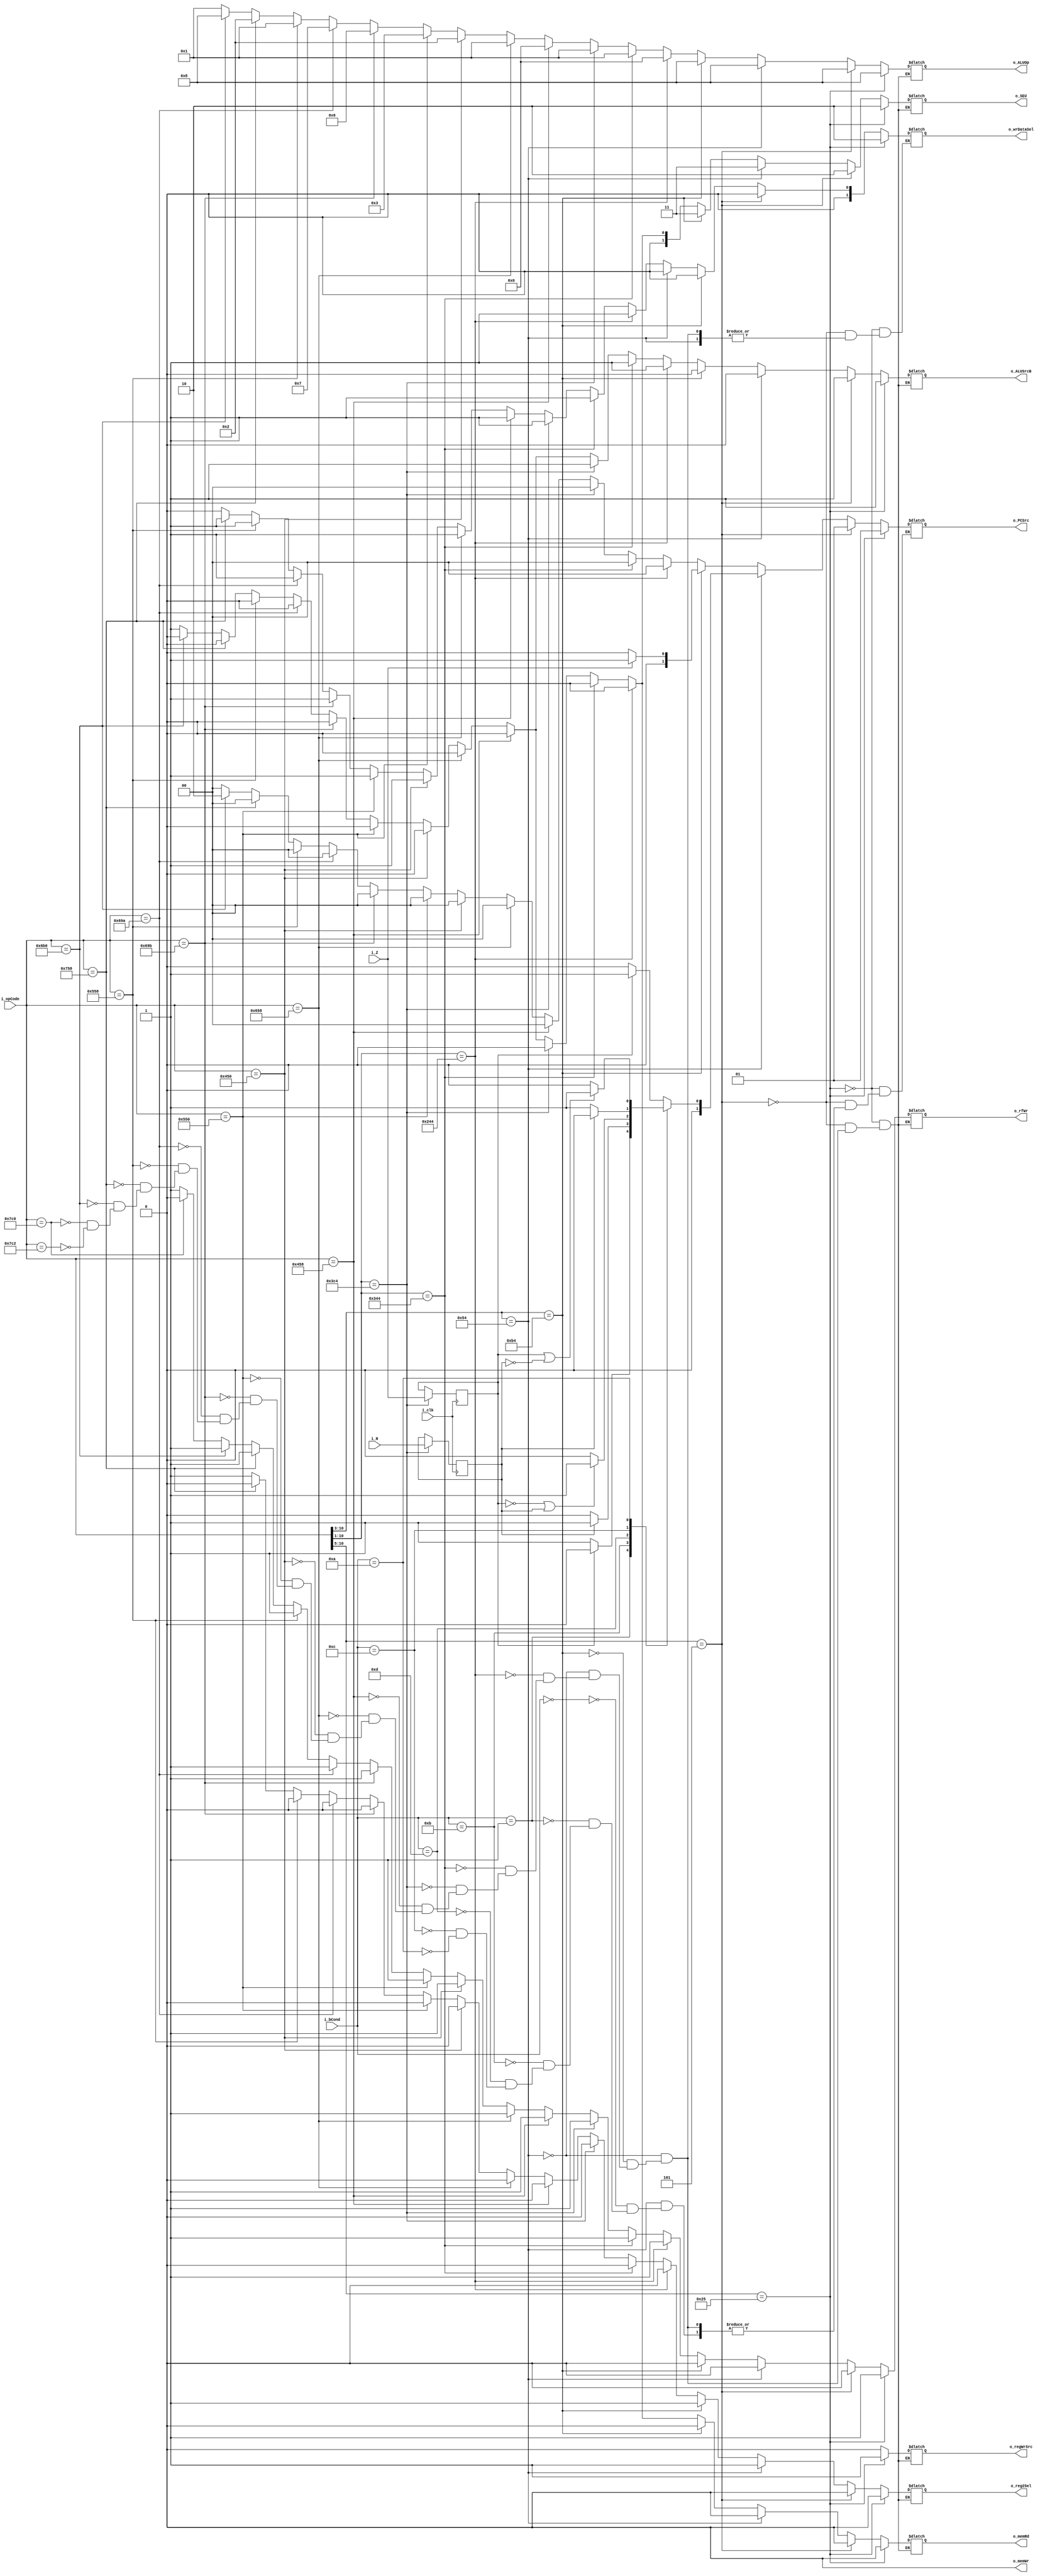
`timescale 1ns / 1ps
//////////////////////////////////////////////////////////////////////////////////
// Company: 
// Engineer: 
// 
// Design Name: 
// Module Name:    Control_Unit 
// Project Name: 
// Target Devices: 
// Tool versions: 
// Description: 
//
// Dependencies: 
//
// Revision: 
// Revision 0.01 - File Created
// Additional Comments: 
//
//////////////////////////////////////////////////////////////////////////////////
module Control_Unit(
    input i_clk,
    input [10:0] i_opCode,
    input [3:0] i_bCond,
    input        i_Z, // Bandera ZERO (ALU B == 0)
    input        i_N, // Bandera NEGATIVO 
    output reg       o_reg2Sel = 0, // Segundo operando RM/RT(MUX RF)
    output reg       o_regWrSrc = 0,
    output reg       o_rfWr = 0, //Escritura RF (FLAG RF)
    output reg [1:0] o_SEU = 0, // Extension de signo (FLAG SEU)
    output reg       o_ALUSrcB = 0, // Segundo operando o_reg2/Inmed (MUX ALU)
    output reg [3:0] o_ALUOp = 0, // Operacion ALU (FLAG ALU)
    output reg       o_memWr = 0, //Habilitador escritura memo (FLAG DM)
    output reg       o_memRd = 0, //Habilitador lectura  memo (FLAG DM)
    output reg [1:0] o_PCSrc = 0, //Selector de #instruccion (MUX PC)
    output reg [1:0] o_wrDataSel = 0
    );
    reg r_Z = 0;
    reg r_N= 0;

    always @(posedge i_clk) begin
        if(i_opCode[10:1] == 10'b1111000100)begin
            r_Z <= i_Z;
            r_N <= i_N;
        end     
    end

    always @(*) begin
            // TIPO B
            if(i_opCode[10:5] == 6'b100101) begin // BL
                o_reg2Sel <= 0;
                o_regWrSrc <= 1;
                o_rfWr    <= 1;
                o_SEU     <= 2;
                o_ALUSrcB <= 1;
                o_ALUOp   <= 8;
                o_memRd   <= 0;
                o_memWr   <= 0;
                o_PCSrc   <= 1;
                o_wrDataSel <= 2;
            end
            else if(i_opCode[10:5] == 6'b000101) begin // B
                o_reg2Sel <= 0;
                o_regWrSrc <= 0;
                o_rfWr    <= 0;
                o_SEU     <= 2;
                o_ALUSrcB <= 1;
                o_ALUOp   <= 8;
                o_memRd   <= 0;
                o_memWr   <= 0;
                o_PCSrc   <= 1;
                o_wrDataSel <= 0;
            end
            // TIPO CB
            else if(i_opCode[10:3] == 8'b01010100) begin // B.COND (REVISAR)
                o_reg2Sel <= 1;
                o_regWrSrc <= 0;
                o_rfWr    <= 0;
                o_SEU     <= 3;
                o_ALUSrcB <= 0;
                o_ALUOp   <= 8;
                o_memRd   <= 0;
                o_memWr   <= 0;
                case (i_bCond)
                    4'b0000: o_PCSrc <= (r_Z)?1:0; // EQ
                    4'b0001: o_PCSrc <= (!r_Z)?1:0; // NE
                    4'b1011: o_PCSrc <= (r_N)?1:0; // LT
                    4'b1101: o_PCSrc <= (!r_Z | r_N)?1:0; // LE
                    4'b1100: o_PCSrc <= (!r_N)?1:0; // GT
                    4'b1010: o_PCSrc <= (r_Z | !r_N)?1:0; // GE
                endcase
            end
            else if(i_opCode[10:3] == 8'b10110100) begin // CBZ
                o_reg2Sel <= 1;
                o_regWrSrc <= 0;
                o_rfWr    <= 0;
                o_SEU     <= 3;
                o_ALUSrcB <= 0;
                o_ALUOp   <= 8;
                o_memRd   <= 0;
                o_memWr   <= 0;
                o_PCSrc   <= (i_Z)?1:0;
                o_wrDataSel <= 0;
            end
            else if(i_opCode[10:3] == 8'b01010100) begin // CBNZ
                o_reg2Sel <= 1;
                o_regWrSrc <= 0;
                o_rfWr    <= 0;
                o_SEU     <= 3;
                o_ALUSrcB <= 0;
                o_ALUOp   <= 8;
                o_memRd   <= 0;
                o_memWr   <= 0;
                o_PCSrc   <= (!i_Z)?1:0;
                o_wrDataSel <= 0;
            end
            
            // TIPO I 
            else if(i_opCode[10:1] == 10'b1001000100) begin // ADDI
                o_reg2Sel <= 0;
                o_regWrSrc <= 0;
                o_rfWr    <= 1;
                o_SEU     <= 0;
                o_ALUSrcB <= 1;
                o_ALUOp   <= 0;
                o_memRd   <= 0;
                o_memWr   <= 0;
                o_PCSrc   <= 0;
                o_wrDataSel <= 1;
            end
            else if(i_opCode[10:1] == 10'b1101000100) begin // SUBBI
                o_reg2Sel <= 0;
                o_regWrSrc <= 0;
                o_rfWr    <= 1;
                o_SEU     <= 0;
                o_ALUSrcB <= 1;
                o_ALUOp   <= 1;
                o_memRd   <= 0;
                o_memWr   <= 0;
                o_PCSrc   <= 0;
                o_wrDataSel <= 1;
            end
            else if(i_opCode[10:1] == 10'b1111000100) begin // SUBBIS
                o_reg2Sel <= 0;
                o_regWrSrc <= 0;
                o_rfWr    <= 1;
                o_SEU     <= 0;
                o_ALUSrcB <= 1;
                o_ALUOp   <= 1;
                o_memRd   <= 0;
                o_memWr   <= 0;
                o_PCSrc   <= 0;
                o_wrDataSel <= 1;
            end
            // TIPO R
            else if(i_opCode == 11'b10001011000) begin //ADD
                o_reg2Sel <= 0;
                o_regWrSrc <= 0;
                o_rfWr    <= 1;
                o_SEU     <= 0;
                o_ALUSrcB <= 0;
                o_ALUOp   <= 0;
                o_memRd   <= 0;
                o_memWr   <= 0;
                o_PCSrc   <= 0;
                o_wrDataSel <= 1;
            end
            else if(i_opCode == 11'b11001011000) begin // SUB
                o_reg2Sel <= 0;
                o_regWrSrc <= 0;
                o_rfWr    <= 1;
                o_SEU     <= 0;
                o_ALUSrcB <= 0;
                o_ALUOp   <= 1;
                o_memRd   <= 0;
                o_memWr   <= 0;
                o_PCSrc   <= 0;
                o_wrDataSel <= 1;
            end
            else if(i_opCode == 11'b10001010000) begin // AND
                o_reg2Sel <= 0;
                o_regWrSrc <= 0;
                o_rfWr    <= 1;
                o_SEU     <= 0;
                o_ALUSrcB <= 0;
                o_ALUOp   <= 2;
                o_memRd   <= 0;
                o_memWr   <= 0;
                o_PCSrc   <= 0;
                o_wrDataSel <= 1;
            end
            else if(i_opCode == 11'b10101010000) begin // ORR
                o_reg2Sel <= 0;
                o_regWrSrc <= 0;
                o_rfWr    <= 1;
                o_SEU     <= 0;
                o_ALUSrcB <= 0;
                o_ALUOp   <= 3;
                o_memRd   <= 0;
                o_memWr   <= 0;
                o_PCSrc   <= 0;
                o_wrDataSel <= 1;
            end
            else if(i_opCode == 11'b11010011011) begin // LSL
                
                o_reg2Sel <= 0;
                o_regWrSrc <= 0;
                o_rfWr    <= 1;
                o_SEU     <= 0;
                o_ALUSrcB <= 0;
                o_ALUOp   <= 6;
                o_memRd   <= 0;
                o_memWr   <= 0;
                o_PCSrc   <= 0;
                o_wrDataSel <= 1;
            end
            else if(i_opCode == 11'b11010011010) begin // LSR
                o_reg2Sel <= 0;
                o_regWrSrc <= 0;
                o_rfWr    <= 1;
                o_SEU     <= 0;
                o_ALUSrcB <= 0;
                o_ALUOp   <= 7;
                o_memRd   <= 0;
                o_memWr   <= 0;
                o_PCSrc   <= 0;
                o_wrDataSel <= 1;
            end
            else if(i_opCode == 11'b10101011000) begin // ADDS
                o_reg2Sel <= 0;
                o_regWrSrc <= 0;
                o_rfWr    <= 1;
                o_SEU     <= 0;
                o_ALUSrcB <= 0;
                o_ALUOp   <= 1;
                o_memRd   <= 0;
                o_memWr   <= 0;
                o_PCSrc   <= 0;
                o_wrDataSel <= 1;
            end
            else if(i_opCode == 11'b11101011000) begin // SUBS
                o_reg2Sel <= 0;
                o_regWrSrc <= 0;
                o_rfWr    <= 1;
                o_SEU     <= 0;
                o_ALUSrcB <= 0;
                o_ALUOp   <= 2;
                o_memRd   <= 0;
                o_memWr   <= 0;
                o_PCSrc   <= 0;
                o_wrDataSel <= 1;
            end
            else if(i_opCode == 11'b11010110000) begin // BR
                o_reg2Sel <= 1;
                o_regWrSrc <= 0;
                o_rfWr    <= 1;
                o_SEU     <= 0;
                o_ALUSrcB <= 0;
                o_ALUOp   <= 8;
                o_memRd   <= 0;
                o_memWr   <= 0;
                o_PCSrc   <= 2;
                o_wrDataSel <= 0;
            end
            // TIPO D
            else if(i_opCode == 11'b11111000000) begin // STUR
                o_reg2Sel <= 1;
                o_regWrSrc <= 0;
                o_rfWr    <= 0;
                o_SEU     <= 1;
                o_ALUSrcB <= 1;
                o_ALUOp   <= 1;
                o_memRd   <= 1;
                o_memWr   <= 0;
                o_PCSrc   <= 0;
                o_wrDataSel <= 0;
            end
            else if(i_opCode == 11'b11111000010) begin // LDUR
                o_reg2Sel <= 1;
                o_regWrSrc <= 0;
                o_rfWr    <= 1;
                o_SEU     <= 1;
                o_ALUSrcB <= 1;
                o_ALUOp   <= 1;
                o_memRd   <= 1;
                o_memWr   <= 0;
                o_PCSrc   <= 0;
                o_wrDataSel <= 0;
            end
    end


endmodule